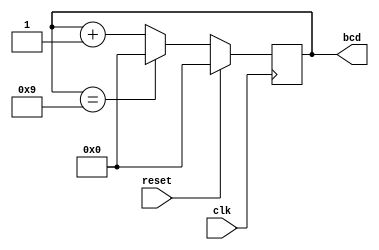
`timescale 1ns / 1ps
module bcd_counter (
  input clk,
  input reset,
  output reg [3:0] bcd
);

always @(posedge clk) begin
  if (reset) begin
    bcd <= 4'b0000;
  end else begin
    if (bcd == 4'b1001) begin
      bcd <= 4'b0000;
    end else begin
      bcd <= bcd + 1;
    end
  end
end

endmodule